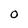
Character: O